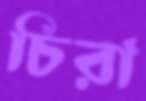
চিরা